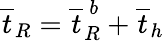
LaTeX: \overline{{t}}_{R}=\overline{{t}}_{R}^{\ b}+\overline{{t}}_{h}